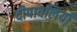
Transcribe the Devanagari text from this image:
दीपावलियाँ